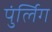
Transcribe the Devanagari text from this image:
पुंर्लिग